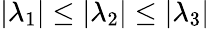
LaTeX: \vert\lambda_{1}\vert\leq\vert\lambda_{2}\vert\leq\vert\lambda_{3}\vert